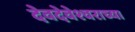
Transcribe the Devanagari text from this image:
देवदेवेश्वराच्या